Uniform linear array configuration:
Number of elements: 64
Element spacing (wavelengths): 0.25
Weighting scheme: exponential
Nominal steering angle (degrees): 0
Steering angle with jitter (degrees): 1.335
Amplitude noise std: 0.05
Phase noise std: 0.05

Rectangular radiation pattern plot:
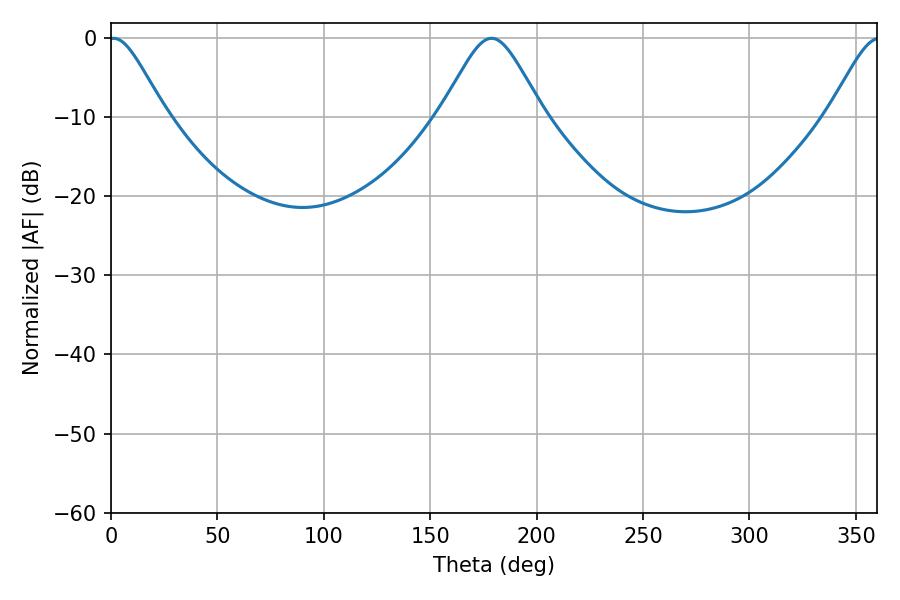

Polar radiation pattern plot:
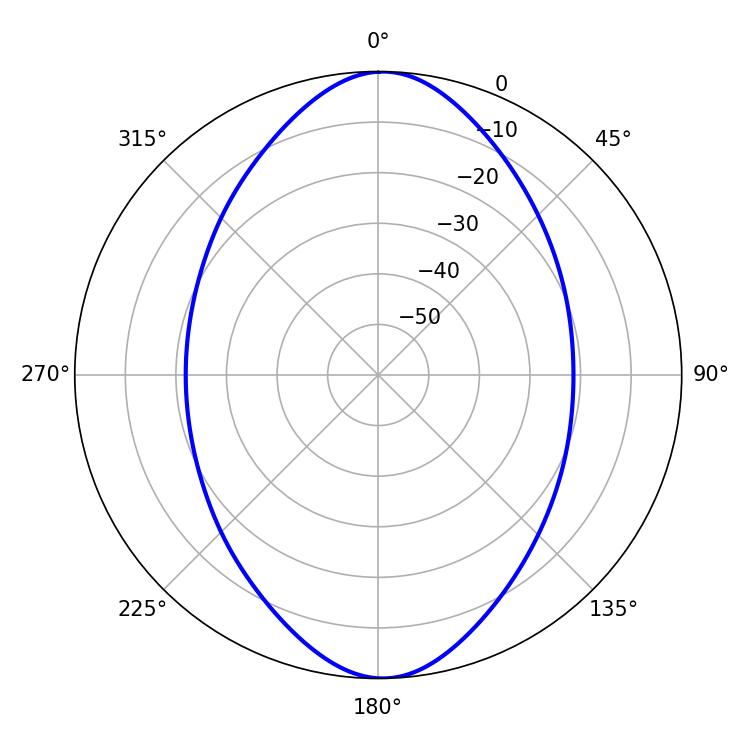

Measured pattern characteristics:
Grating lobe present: FALSE
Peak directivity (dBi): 19.745
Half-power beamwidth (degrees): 12.78
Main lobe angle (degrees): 1.26